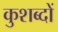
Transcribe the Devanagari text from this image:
कुशब्दों